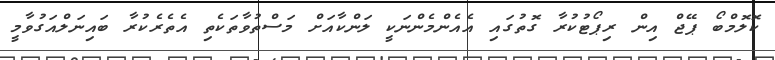
ކޮލޮމްބޯ ޕޭޖް އިން ރިޕޯޓުކުރާ ގޮތުގައި އެއެންމެންނަކީ ލަންކާއަށް މަސްތުވާތަކެތި އެތެރެކުރާ ބައިނަލްއަގުވާމީ